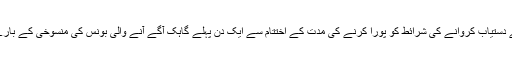
8. بونس کو نکلوانے کے لیے دستیاب کروانے کی شرائط کو پورا کرنے کی مدت کے اختتام سے ایک دن پہلے گاہک آگے آنے والی بونس کی منسوخی کے بارے میں اطلاع حاصل کرے گا۔